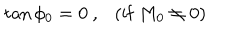
LaTeX: \tan \phi _ { 0 } = 0 \ , \ \ \ ( \mathrm { i f } \ M _ { 0 } \ne 0 )